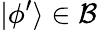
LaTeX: \vert\phi^{\prime}\rangle\in{\mathcal{B}}